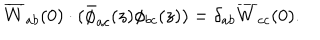
LaTeX: \overline { { { W } } } _ { a b } ( 0 ) \cdot ( \bar { \phi } _ { a c } ( z ) \phi _ { b c } ( z ) ) = \delta _ { a b } \overline { { { W } } } _ { c c } ( 0 ) .